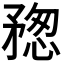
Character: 𥍷